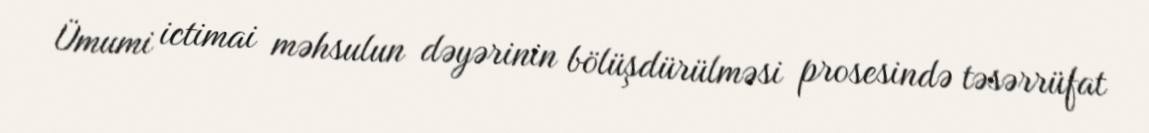
Ümumi ictimai məhsulun dəyərinin bölüşdürülməsi prosesində təsərrüfat